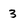
Character: 3